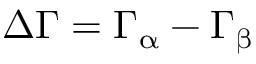
\Delta \Gamma = \Gamma _ { \upalpha } - \Gamma _ { \upbeta }